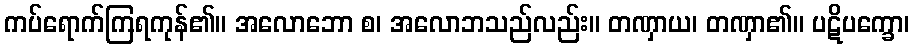
ကပ်ရောက်ကြရကုန်၏။ အလောဘော စ၊ အလောဘသည်လည်း။ တဏှာယ၊ တဏှာ၏။ ပဋိပက္ခော၊